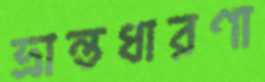
ভ্রান্তধারণা